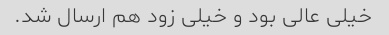
خیلی عالی بود و خیلی زود هم ارسال شد.